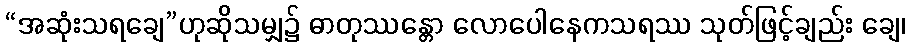
“အဆုံးသရချေ”ဟုဆိုသမျှ၌ ဓာတုဿန္တော လောပေါနေကသရဿ သုတ်ဖြင့်ချည်း ချေ၊